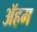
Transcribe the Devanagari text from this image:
ॲहम